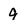
Character: 9